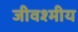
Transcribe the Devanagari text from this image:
जीवश्मीय